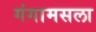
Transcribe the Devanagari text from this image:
गंगामसला